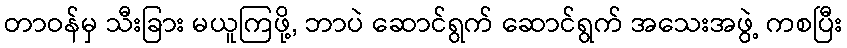
တာဝန်မှ သီးခြား မယူကြဖို့, ဘာပဲ ဆောင်ရွက် ဆောင်ရွက် အသေးအဖွဲ့ ကစပြီး